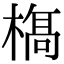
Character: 𣘺